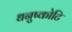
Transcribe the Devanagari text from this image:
धनुष्कोटि